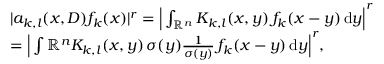
\begin{array} { r l } & { | a _ { k , l } ( x , D ) f _ { k } ( x ) | ^ { r } = \Big | \int _ { \mathbb { R } ^ { n } } K _ { k , l } ( x , y ) \, f _ { k } ( x - y ) \, \mathrm { d } y \Big | ^ { r } } \\ & { = \Big | \int { \mathbb { R } ^ { n } } K _ { k , l } ( x , y ) \, \sigma ( y ) \frac { 1 } { \sigma ( y ) } \, f _ { k } ( x - y ) \, \mathrm { d } y \Big | ^ { r } , } \end{array}